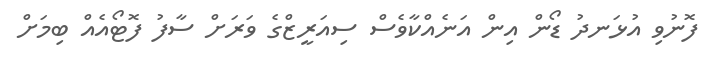
ފޮނުވި އުޅަނދު ޑޯން އިން އަނެއްކާވެސް ސިއަރީޒްގެ ވަރަށް ސާފު ފޮޓޯއެއް ބިމަށް